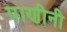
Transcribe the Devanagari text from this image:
पाणीनी